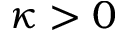
\kappa > 0